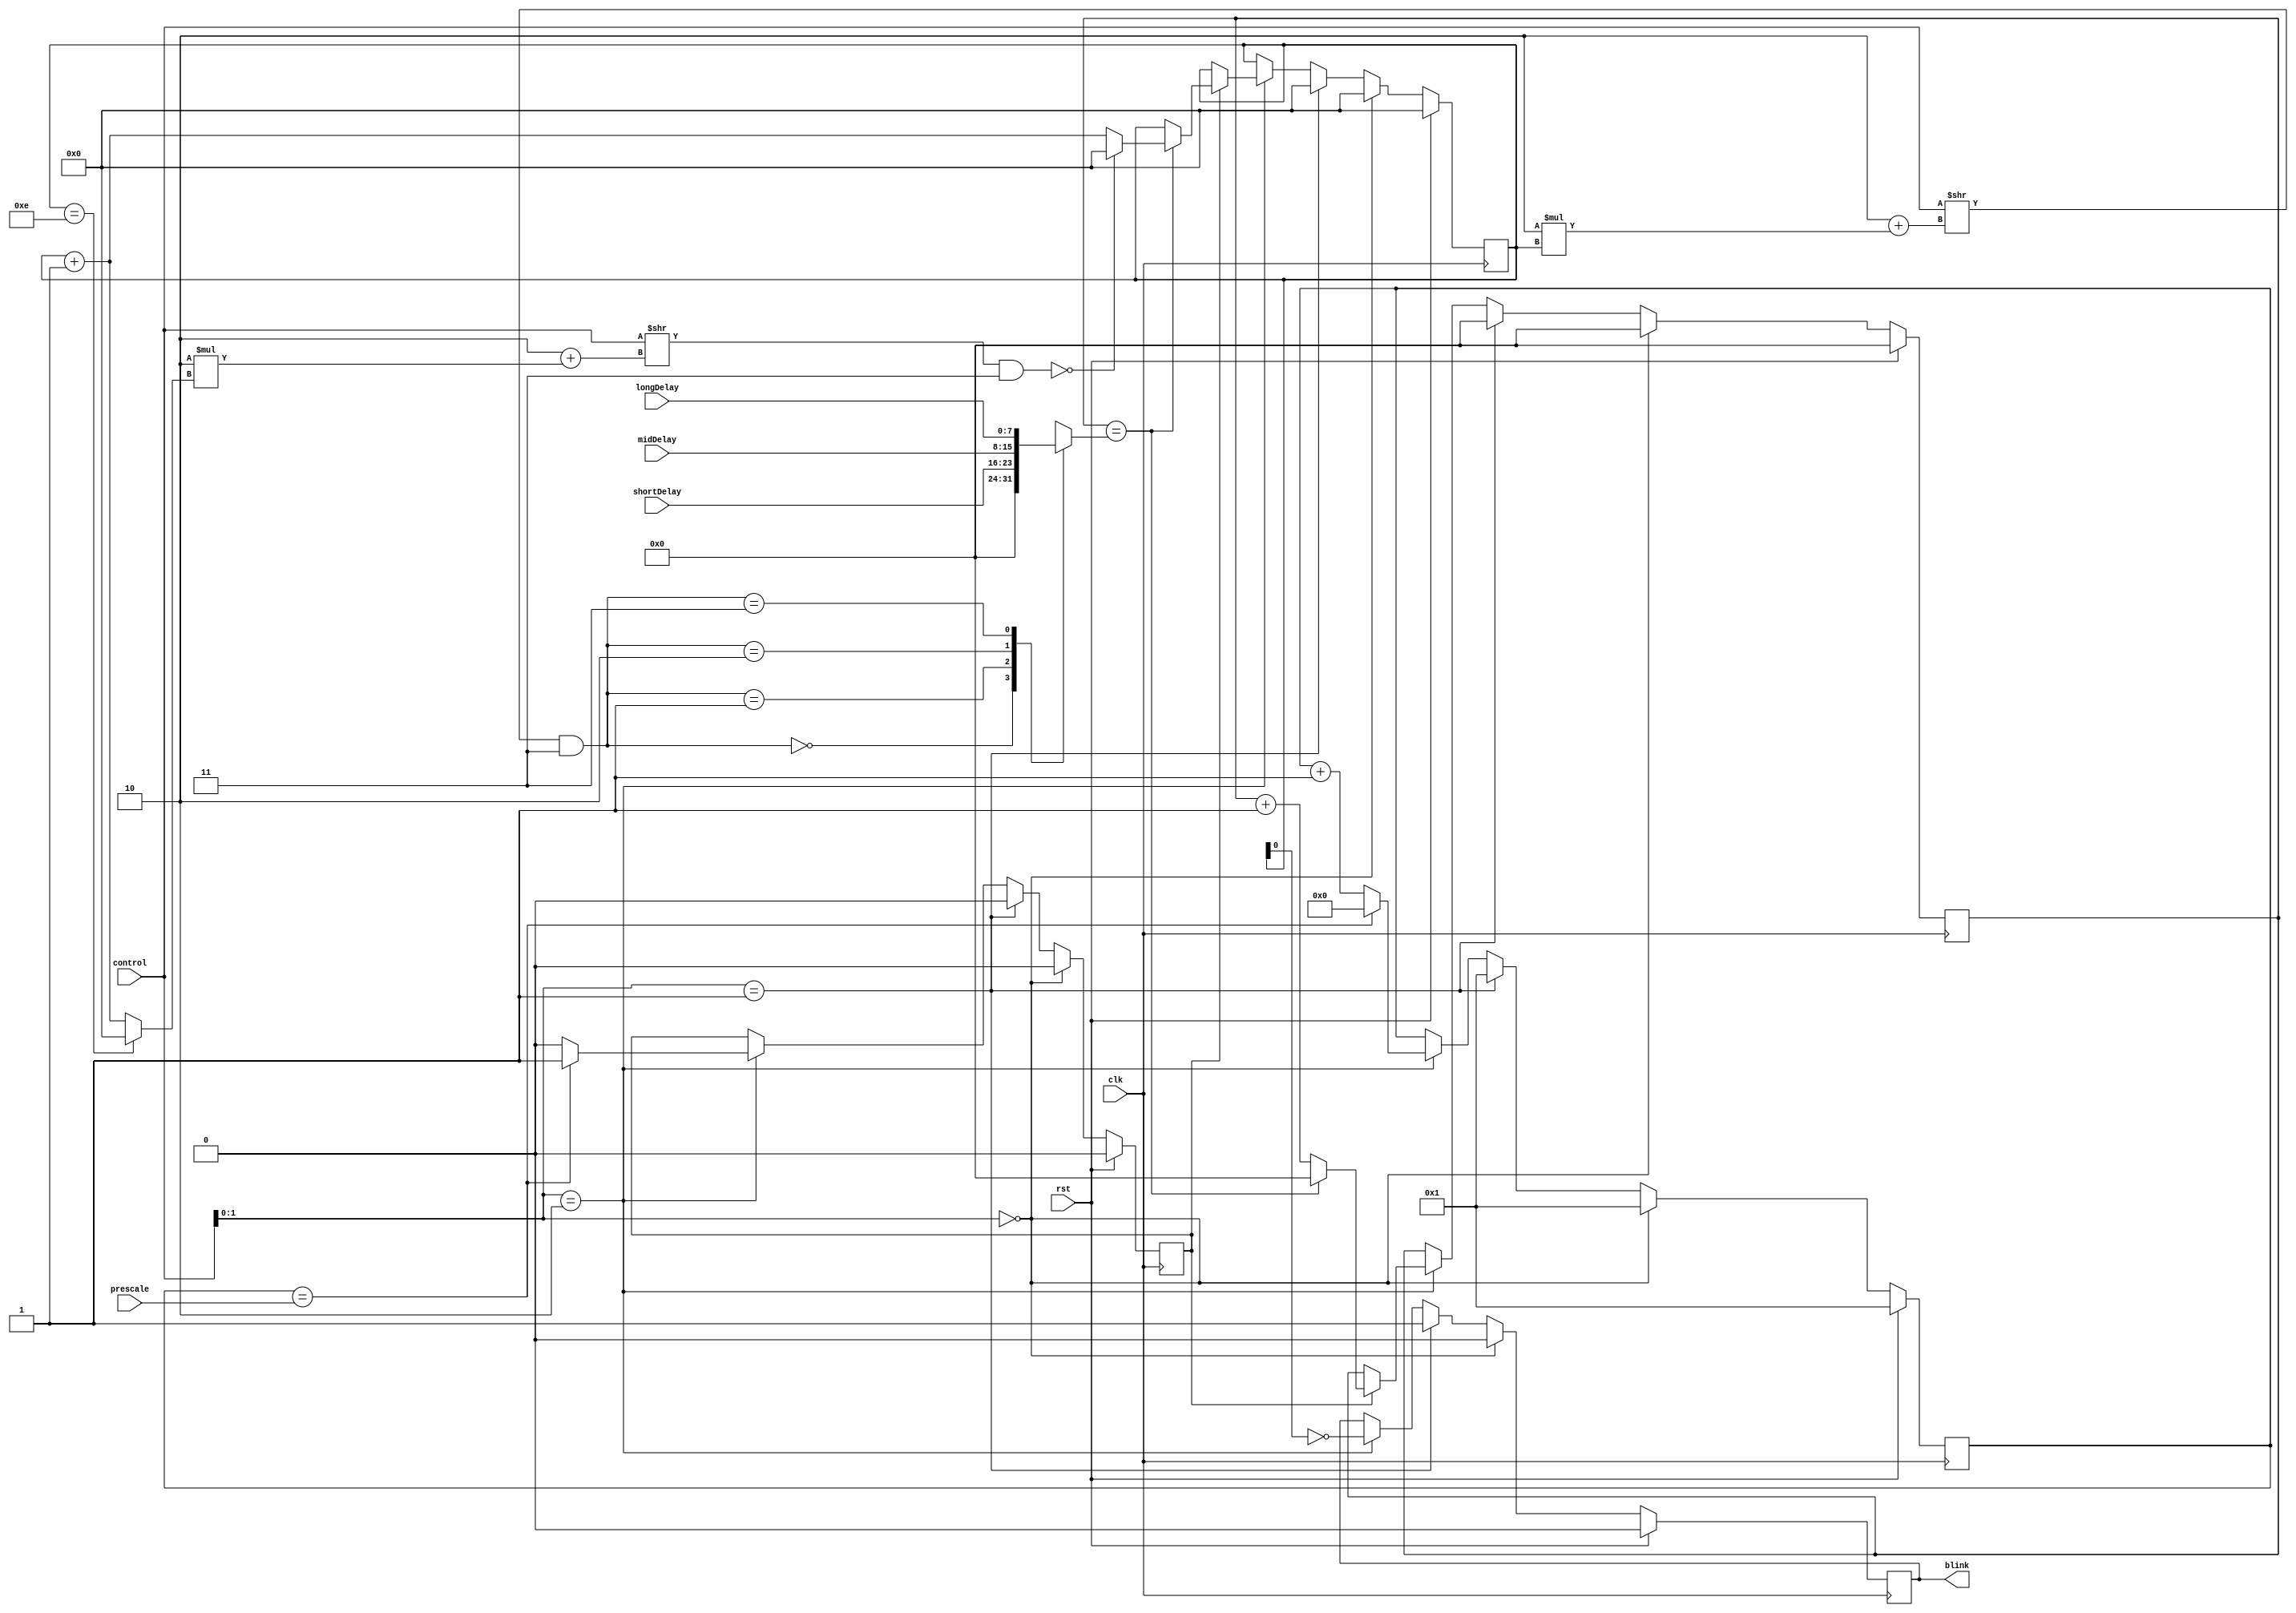
module blinker
(
	input	wire			rst,
	input	wire			clk,
	input	wire	[31:0]	control,
	input	wire	[31:0]	prescale,
	input	wire	[7:0]	shortDelay,
	input	wire	[7:0]	midDelay,
	input	wire	[7:0]	longDelay,
	output	reg				blink
);

reg [3:0] step;
reg [31:0] prescaler;
reg prescaled;
reg [7:0] delayCounter;

reg [3:0] nextStep;
reg [1:0] delaySelect;
reg [1:0] nextDelaySelect;
reg [7:0] delay;

always @ (*)
begin
	delaySelect[1:0] <= (control >> (2 + 2 * step)) & 'h3;
	case (delaySelect)
		0: delay <= 0;
		1: delay <= shortDelay;
		2: delay <= midDelay;
		3: delay <= longDelay;
	endcase

	nextStep <= (step == 14) ? 0 : (step + 1);
	nextDelaySelect[1:0] <= (control >> (2 + 2 * nextStep)) & 'h3;
end

always @ (posedge clk)
begin
	if (rst)
	begin
		blink <= 0;
		step <= 0;
		prescaler <= 1;
		prescaled <= 0;
		delayCounter <= 0;
	end
	else
	begin
		if (control[1:0] == 0)
		begin
			// force off
			blink <= 0;
			step <= 0;
			prescaler <= 1;
			prescaled <= 0;
			delayCounter <= 0;
		end
		else if (control[1:0] == 1)
		begin
			// force on
			blink <= 1;
			step <= 0;
			prescaler <= 1;
			prescaled <= 0;
			delayCounter <= 0;
		end
		else if (control[1:0] == 2)
		begin

			if (prescaler == prescale)
			begin
				prescaler <= 0;
				prescaled <= 1;
			end
			else
			begin
				prescaler <= prescaler + 1;
				prescaled <= 0;
			end

			blink <= ~step[0];

			if (prescaled)
			begin
				if (delayCounter == delay)
				begin
					delayCounter <= 0;
					if (nextDelaySelect == 0)
					begin
						step <= 0;
					end
					else
					begin
						step <= step + 1;
					end
				end
				else
				begin
					delayCounter <= delayCounter + 1;
				end
			end

		end
	end
end

endmodule